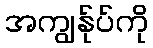
အကျွန်ုပ်ကို